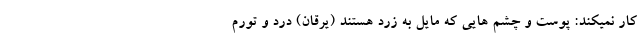
کار نمیکند: پوست و چشم هایی که مایل به زرد هستند (یرقان) درد و تورم